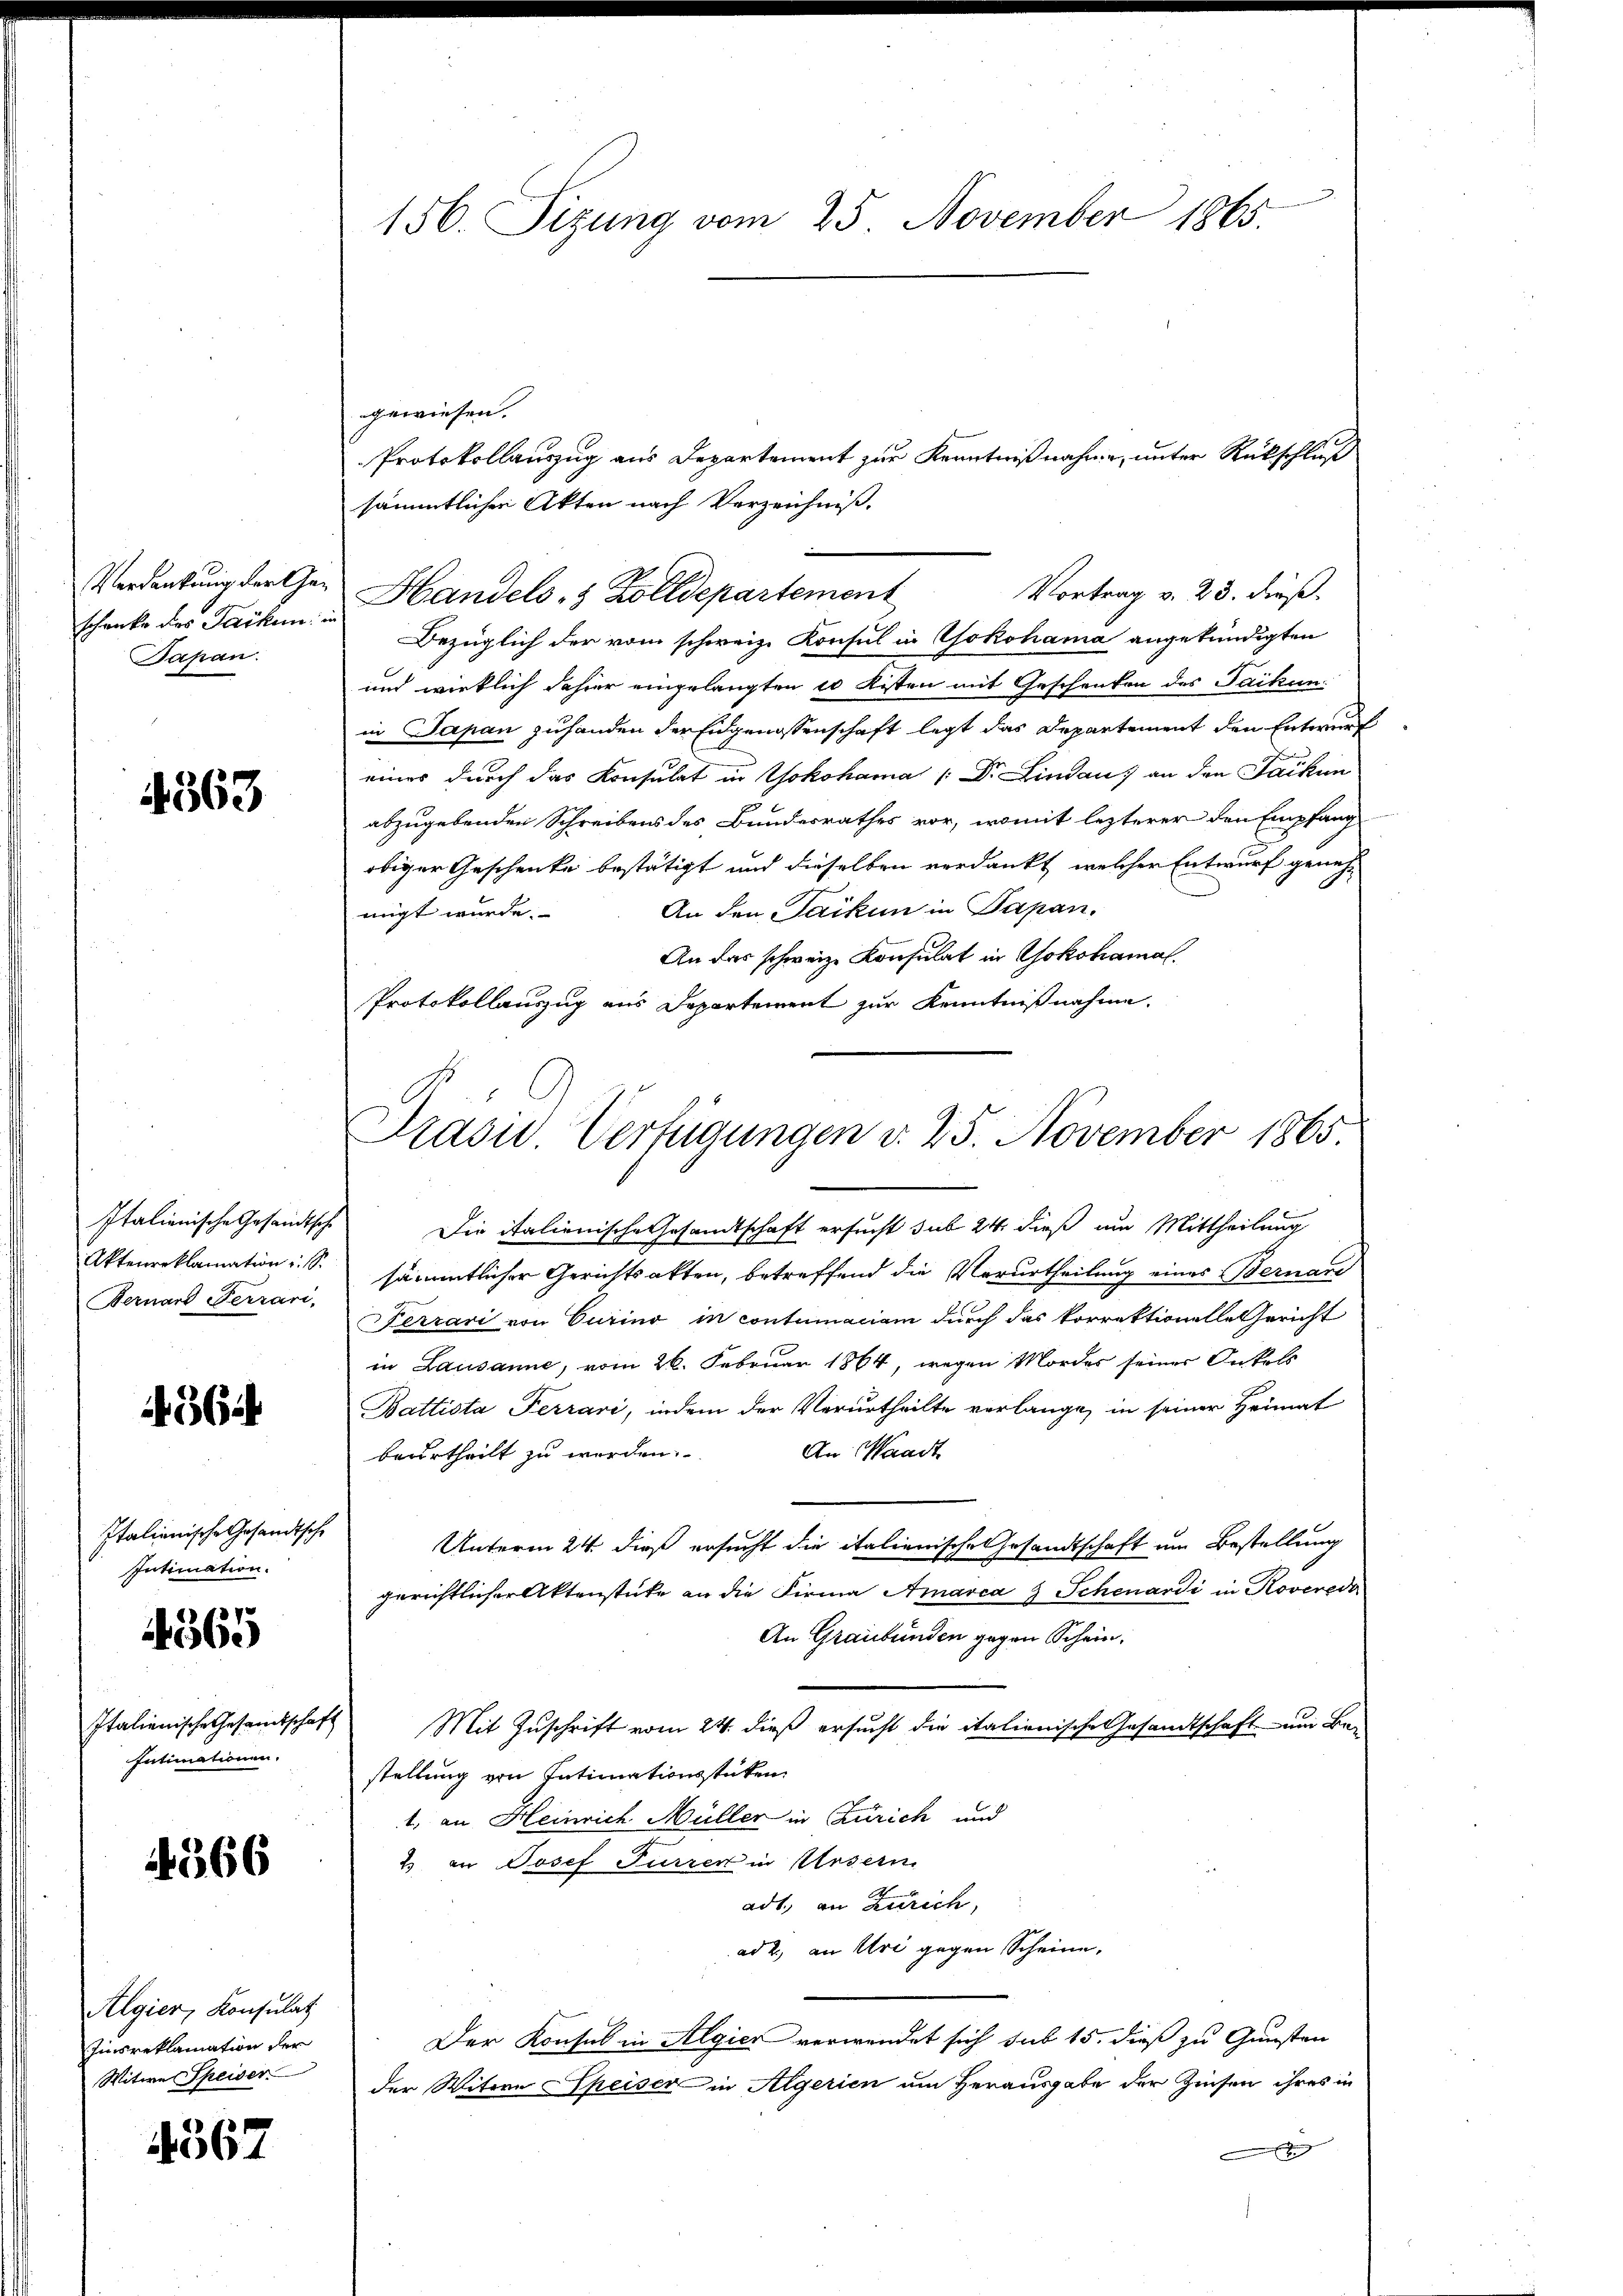
schenke des Jacken, in
Papan.

4363

Italienische Gesandtsche
Bernard Ferrari,

664

Italienische Gesandtsche
Intimation.

4565

Intimationen.

4366

Algier, Konsulat
Zinsreklamation der
Witwe Speiser

4567

156. Sizung vom 25. November 1865.

gewiesen.
Protokollauszug aus Departement zur Kenntnißnahme, unter Rückschluß
sämmtlichen Akten nach Verzeichniß.
Verdankung der Ge- Handels- & Zolldepartement
Vortrag v. 23. dieß.
Bezüglich der vom schweiz. Konsul in Yokohama angekündigten
und wirklich dahier eingelangten 10 Kisten mit Geschenken des Jaikun
in Japan zuhanden der Eidgenossenschaft legt das Departement den Entwurf
eines durch das Konsulat in Yokohama (Dr. Lindau, an den Jackun
abzugebenden Schreibens des Bundesrathes vor, womit lezterer den Empfang
obiger Geschenke bestätigt und dieselben verdankt, welcher Entwurf genehmigt wurde. An den Packen in Papan,
An das schweiz. Konsulat in Yokohamal
Protokollauszug aus Departement zur Kenntnißnahme.
Die italienische Gesandtschaft ersucht sub 24 dieß um Mittheilung
Aktenreklamation u. S. sämmtlicher Gerichtsakten, betreffend die Verurtheilung eines Bernare
Ferrari von Curino in contumaciam durch das korrektionelle Gericht
in Lausanne, vom 26. Februar 1864, wegen Mordes seiner Inkoll
Battista Ferrari, indem der Verurtheilte verlange, in seiner Heimat
An Waadt
beurtheilt zu werden.
Unterm 24. dieß ersucht die italienische Gesandtschaft um Bestellung
gerichtlicher Aktenstücke an die Firma Amarca 3 Schenardi in Roverede
An Graubünden gegen Schein.
Italienische Gesamtschaft Mit Zŭschrift vom 24. dieß ersucht die italienische Gesandtschaft um Be-
stellung von Intimationsstücken.
1., an Heinrich Müller in Zürich und
2 an Josef Furrer in Ursern.
adt, in Zürich,
ad 2., an Uri gegen Scheine,
Der Konsul in Algier verwendet sich sub 15. dieß zu Gunsten
der Witwe Speiser in Algerien um Herausgabe der Zinsen ihres in
x

Prasis. Verfügungen d. 25. November 1865.